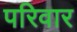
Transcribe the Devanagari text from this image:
परिवार